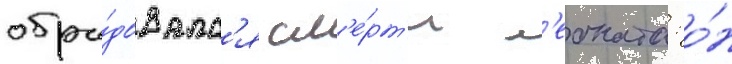
обра́довалс'я см'е́рт'и л'еоната: о́н